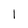
Character: I